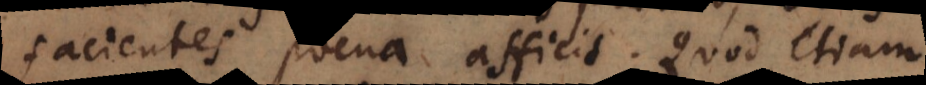
facientes poena afficit. Quod etiam